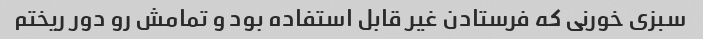
سبزى خورنى که فرستادن غیر قابل استفاده بود و تمامش رو دور ریختم